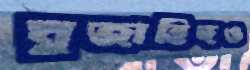
মুজাহিদও